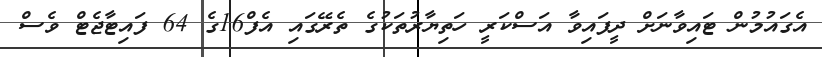
އެގައުމުން ޓައިވާނަށް ދީފައިވާ އަސްކަރީ ހަތިޔާރުތަކުގެ ތެރޭގައި އެފް16ގެ 64 ފައިޓާޖެޓް ވެސް